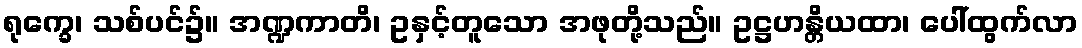
ရုက္ခေ၊ သစ်ပင်၌။ အဏ္ဍကာတိ၊ ဥနှင့်တူသော အဖုတို့သည်။ ဥဋ္ဌဟန္တိယထာ၊ ပေါ်ထွက်လာ